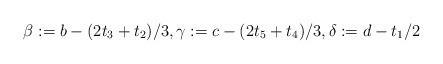
LaTeX: \begin{align*}\beta := b-(2t_3+t_2)/3, \gamma := c-(2t_5+t_4)/3, \delta := d -t_1/2 \end{align*}